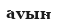
ауын